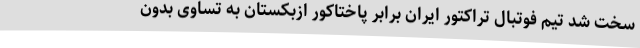
سخت شد تیم فوتبال تراکتور ایران برابر پاختاکور ازبکستان به تساوی بدون